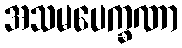
အသမပေက္ခဏာ